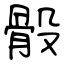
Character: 骰